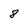
Character: 8